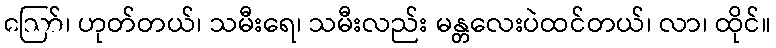
ဪ၊ ဟုတ်တယ်၊ သမီးရေ၊ သမီးလည်း မန္တလေးပဲထင်တယ်၊ လာ၊ ထိုင်။